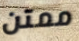
ممتن